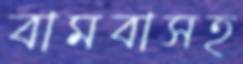
বামবাসহ